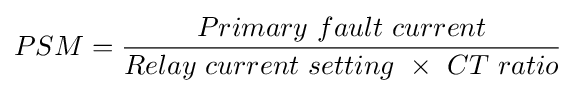
PSM={\frac {Primary\ fault\ current}{Relay\ current\ setting\ \times \ CT\ ratio}}